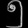
Digit: ၅